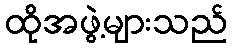
ထိုအဖွဲ့များသည်